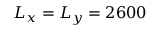
L _ { x } = L _ { y } = 2 6 0 0